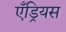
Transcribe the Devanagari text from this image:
एँड्रियस